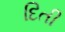
દિતી